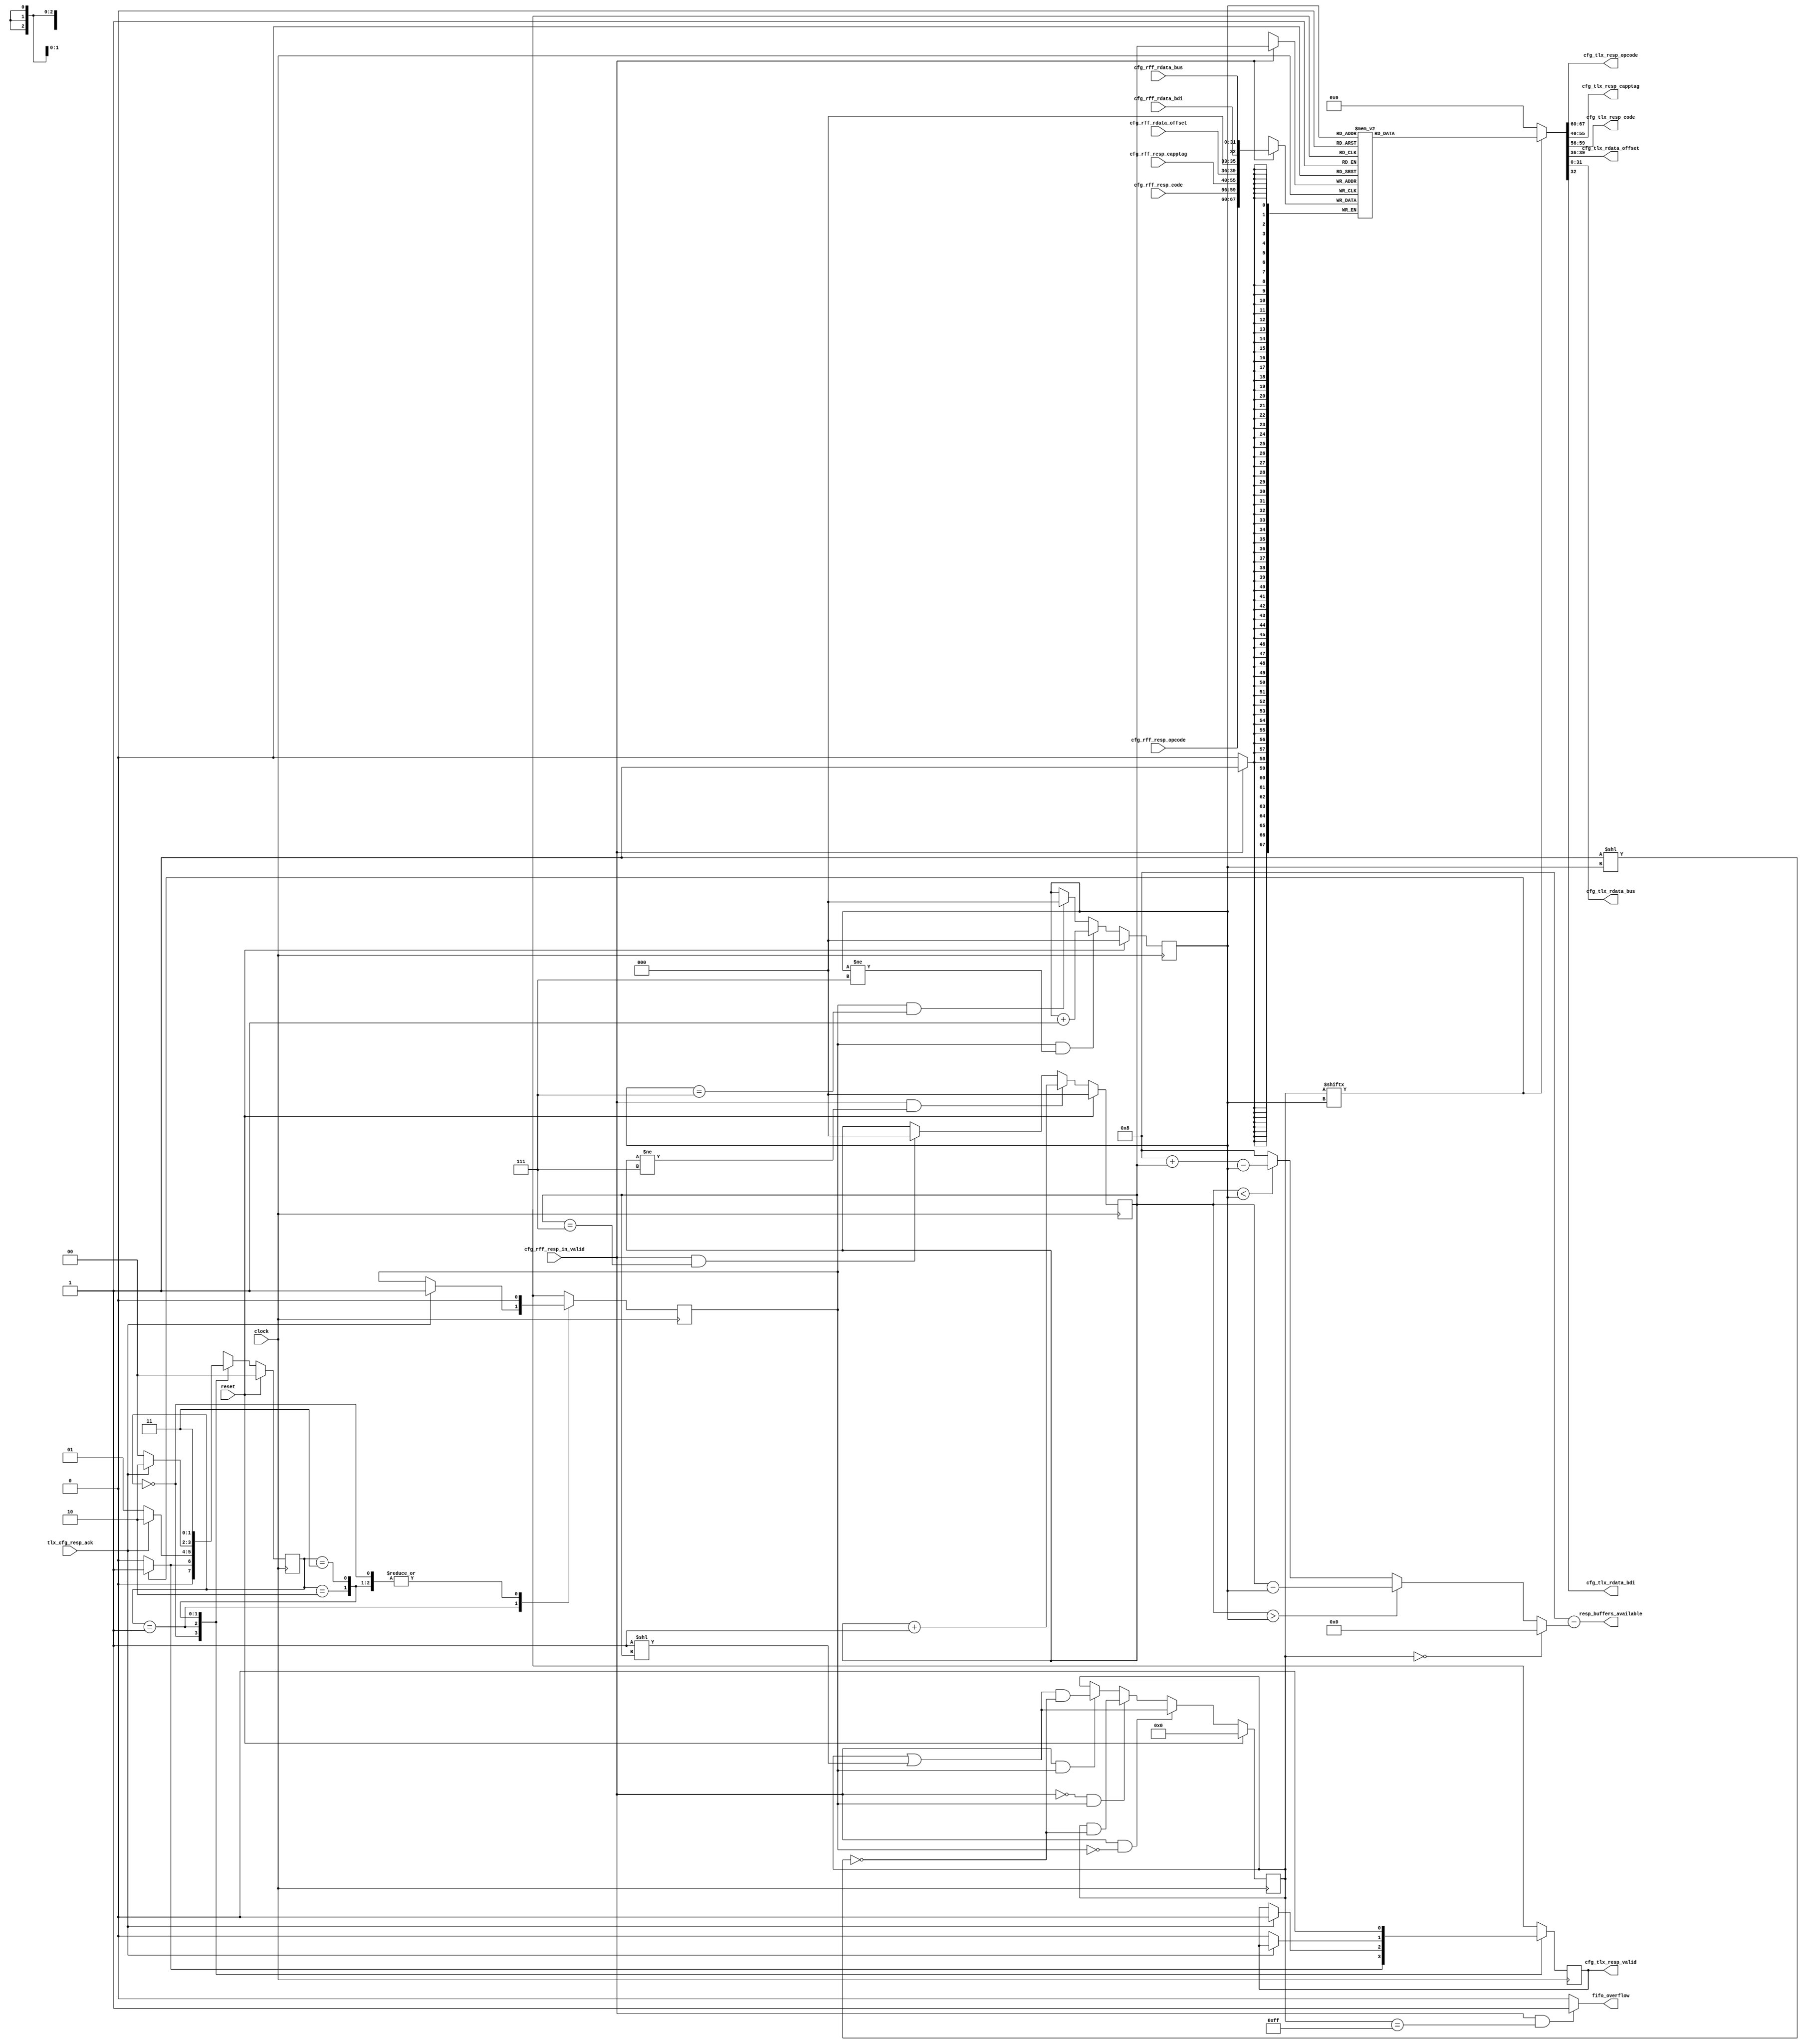
// *!***************************************************************************
// *! Copyright 2019 International Business Machines
// *!
// *! Licensed under the Apache License, Version 2.0 (the "License");
// *! you may not use this file except in compliance with the License.
// *! You may obtain a copy of the License at
// *! http://www.apache.org/licenses/LICENSE-2.0 
// *!
// *! The patent license granted to you in Section 3 of the License, as applied
// *! to the "Work," hereby includes implementations of the Work in physical form.  
// *!
// *! Unless required by applicable law or agreed to in writing, the reference design
// *! distributed under the License is distributed on an "AS IS" BASIS,
// *! WITHOUT WARRANTIES OR CONDITIONS OF ANY KIND, either express or implied.
// *! See the License for the specific language governing permissions and
// *! limitations under the License.
// *! 
// *! The background Specification upon which this is based is managed by and available from
// *! the OpenCAPI Consortium.  More information can be found at https://opencapi.org. 
// *!***************************************************************************
`timescale 1ps / 1ps
// -------------------------------------------------------------------
//
// Title    : cfg_respfifo.v
// Function : This file contains a response buffer FIFO to buffer a number of config_* responses and response data FLITs
//            to the TLX. Having a response buffer helps improve the throughput of configuration commands, and indirectly
//            reduce head of line blocking of config vs. non-config commands out of the TLX, because config_* commands
//            can be executed in parallel with inserting responses into the TLX to host FLIT stream.
//
// -------------------------------------------------------------------
// Modification History :
//                               |Version    |     |Author   |Description of change
//                               |-----------|     |-------- |---------------------
  `define CFG_RESPFIFO_VERSION    12_Sep_2017   //            Change items reproted by HAL check
// -------------------------------------------------------------------


// ==============================================================================================================================
// @@@  Module Declaration
// ==============================================================================================================================
module cfg_respfifo (
    input         clock                   // Clock - samples & launches data on rising edge
  , input         reset                   // When 1, reset registers to an empty FIFO state

    // Input into FIFO
  , input   [7:0] cfg_rff_resp_opcode
  , input   [3:0] cfg_rff_resp_code
//, input   [1:0] cfg_rff_resp_dl
//, input   [1:0] cfg_rff_resp_dp
  , input  [15:0] cfg_rff_resp_capptag
  , input   [3:0] cfg_rff_rdata_offset
  , input         cfg_rff_rdata_bdi
  , input  [31:0] cfg_rff_rdata_bus
  , input         cfg_rff_resp_in_valid   // When 1, load 'resp_in' into the FIFO
  , output  [3:0] resp_buffers_available  // Number of buffer slots available (1 buffer holds response and data FLIT (if used))

    // Output from FIFO
  , output  [7:0] cfg_tlx_resp_opcode
//, output  [1:0] cfg_tlx_resp_dl
  , output [15:0] cfg_tlx_resp_capptag
//, output  [1:0] cfg_tlx_resp_dp
  , output  [3:0] cfg_tlx_resp_code
  , output  [3:0] cfg_tlx_rdata_offset
  , output [31:0] cfg_tlx_rdata_bus
  , output        cfg_tlx_rdata_bdi

     // Valid-Ack handshake with TLX
  , `ifdef MARK_DEBUG_ACTIVE (* mark_debug = "TRUE" *) `endif
    output        cfg_tlx_resp_valid      // Tell TLX when a response is ready for it to send
  , `ifdef MARK_DEBUG_ACTIVE (* mark_debug = "TRUE" *) `endif
    input         tlx_cfg_resp_ack        // TLX indicates current valid response has been sent

     // Error conditions
  , output        fifo_overflow           // When 1, error FIFO was full when another 'resp_valid' arrived
) ;


// ==============================================================================================================================
// @@@  Implement FIFO
// ==============================================================================================================================

parameter integer WIDTH = 68;   // Increase to 72 if include dL and dP

//(* RAM_STYLE="DISTRIBUTED" *)     // CAUTION: DISTRIBUTED (LUT) arrays do not latch the output (3/24/17 Timing is worse with DISTRIBUTED RAM) 
reg  [WIDTH-1:0] respfifo [7:0];    // 8 row array
wire [WIDTH-1:0] resp_in, resp_out;

reg  [2:0] wrptr;             // Write pointer into array, points to next free entry
reg  [2:0] rdptr;             // Read  pointer from array, points to oldest valid entry
reg  [7:0] respfifo_val;      // 1=associated entry is used, 0=associated entry is open and can be overwritten
reg        resp_sent;         // When 1, remove response from RESP FIFO

wire       resp_in_valid;     // Shorten name for readability
assign resp_in_valid = cfg_rff_resp_in_valid;

// Manage write pointer
always @(posedge(clock))
  begin
    if (reset == 1'b1) 
      wrptr <= 3'b000;                                      // Initialize to location 0
    else if (resp_in_valid == 1'b1 && wrptr != 3'b111)   
      wrptr <= wrptr + 3'b001;                              // Add an entry, so increment
    else if (resp_in_valid == 1'b1 && wrptr == 3'b111)   
      wrptr <= 3'b000;                                      // Add an entry, but wrap around to increment
    else
      wrptr <= wrptr;                                       // Hold value, nothing to load
  end

// Manage read pointer 
always @(posedge(clock))
  begin
    if (reset == 1'b1)
      rdptr <= 3'b000;                                      // Initialize to location 0
    else if (resp_sent == 1'b1 && rdptr != 3'b111)
      rdptr <= rdptr + 3'b001;                              // Move to next location, this one is complete
    else if (resp_sent == 1'b1 && rdptr == 3'b111)
      rdptr <= 3'b000;                                      // Move to next location, but wrap around
    else
      rdptr <= rdptr;                                       // Hold value, no operation or operation is still in progress
  end

// Manage valid indicator
always @(posedge(clock))
  begin 
    if (reset == 1'b1)  
      respfifo_val <= 8'h00;                                                     // Initialize to all 0, all rows are free
    else if (resp_in_valid == 1'b1 && resp_sent == 1'b0)  
      respfifo_val <= respfifo_val | (8'h01 << wrptr);                           // When loading, set wrptr bit to 1
    else if (resp_in_valid == 1'b0 && resp_sent == 1'b1)
      respfifo_val <= respfifo_val & ~(8'h01 << rdptr);                          // When done, set rdptr bit to 0 
    else if (resp_in_valid == 1'b1 && resp_sent == 1'b1)
      respfifo_val <= (respfifo_val | (8'h01 << wrptr)) & ~(8'h01 << rdptr);     // Both set and clear a bit 
    else
      respfifo_val <= respfifo_val;                                              // Hold value if neither bit is set
  end

// Assemble signals into FIFO (order and pad signals to hex boundary to make simulation debug easier)
assign resp_in = {            
    cfg_rff_resp_opcode
  , cfg_rff_resp_code
//, cfg_rff_resp_dl
//, cfg_rff_resp_dp
  , cfg_rff_resp_capptag
  , cfg_rff_rdata_offset
  , 3'b000
  , cfg_rff_rdata_bdi
  , cfg_rff_rdata_bus
};

// Manage row contents
// Note: Contents of array row will be 'X' until written the first time, but this should be OK.
always @(posedge(clock)) begin
  if (resp_in_valid) respfifo[wrptr] <= resp_in;   // Use code format recommended by Vivado
end
//  respfifo[wrptr] <= (resp_in_valid == 1'b1) ? resp_in : respfifo[wrptr];  // Load or hold array row

// Manage data output and valid. If valid is not set, drive 0's which should decode to NOP.
// Note: DISTRIBUTED arrays do not latch the output.
// Provide data directly out of array (if timing permits) to align with changing of rdptr with respect to resp_sent
assign resp_out = (respfifo_val[rdptr] == 1'b1) ? respfifo[rdptr] : {WIDTH{1'b0}};  

// Break out signals from FIFO
wire  [2:0] pad;
assign {
    cfg_tlx_resp_opcode
  , cfg_tlx_resp_code
//, cfg_tlx_resp_dl
//, cfg_tlx_resp_dp
  , cfg_tlx_resp_capptag
  , cfg_tlx_rdata_offset
  , pad
  , cfg_tlx_rdata_bdi
  , cfg_tlx_rdata_bus
} = resp_out;

// Provide data directly out of array (if timing permits) to align with changing of rdptr with respect to resp_sent
wire   resp_out_valid;
assign resp_out_valid = respfifo_val[rdptr];  

// Check for overflow
assign fifo_overflow   = (resp_in_valid == 1'b1 && respfifo_val == 8'hFF) ? 1'b1 : 1'b0;

// Determine number of available buffers
// Note: wrptr points to the next location to write (one past the last written entry)
//       rdptr points to the next valid location
reg [3:0] resp_buffers_used;
always @(*)   // Combinational
  if (respfifo_val == 8'h00)                  // Empty FIFO
    resp_buffers_used = 4'b0000; 
  else if (wrptr > rdptr)                     // Pointers are not wrapped with respect to each other
    resp_buffers_used = {1'b0,wrptr} - {1'b0,rdptr};      // Bit extension circumvents IBM 'tvc' tool warnings 
  else if (wrptr < rdptr)                     // Write pointer wrapped around
    resp_buffers_used = (4'b1000 + {1'b0,wrptr}) - {1'b0,rdptr};   
  else // wrptr == rdptr                      // Pointers are equal, but FIFO is not empty so it must be full
    resp_buffers_used = 4'b1000; 
assign resp_buffers_available = 4'b1000 - resp_buffers_used;


// ==============================================================================================================================
// @@@  Valid-Ack handshake with TLX
// ==============================================================================================================================

// Handshake sequencer with TLX
reg [1:0] SM_CFG_RFF;
parameter SM_CFG_RFF_IDLE           = 2'b00;
parameter SM_CFG_RFF_WAIT_FOR_ACK_1 = 2'b01;
parameter SM_CFG_RFF_WAIT_FOR_ACK_0 = 2'b10;
parameter SM_CFG_RFF_ERROR          = 2'b11;

reg    resp_valid;
assign cfg_tlx_resp_valid = resp_valid;   // Connect internal valid to output port

// Determine behavior in each state
always @(posedge(clock))
  case (SM_CFG_RFF)

    SM_CFG_RFF_IDLE:            
      if (resp_out_valid == 1'b1)            // There is a valid response to send
        begin
          resp_valid <= 1'b1;                // Raise response valid to TLX
          resp_sent  <= 1'b0;                // Response has not been received yet
        end
      else                                   // Waiting for a response to send
        begin
          resp_valid <= 1'b0;                // Set register bits to default (inactive) values
          resp_sent  <= 1'b0;
        end

    SM_CFG_RFF_WAIT_FOR_ACK_1:
      if (tlx_cfg_resp_ack == 1'b1)          // Received ACK from TLX
        begin
          resp_valid <= 1'b0;                // Drop response valid to TLX
          resp_sent  <= 1'b1;                // Indicate response has been received, tell RESP FIFO to present next response (if there is one)
        end
      else                                   // Waiting for ACK to become active
        begin
          resp_valid <= resp_valid;          // Hold previous values     
          resp_sent  <= resp_sent;
        end

    SM_CFG_RFF_WAIT_FOR_ACK_0:
      if (tlx_cfg_resp_ack == 1'b0)          // Complete the handshake by waiting for ACK return to 0
        begin
          resp_valid <= 1'b0;                // Keep valid inactive until the handshake sequencer is complete
          resp_sent  <= 1'b0;                // Make 'resp_sent' a pulse to the RESP FIFO by clearing it 1 cycle after it was raised
        end
      else                                   // Waiting for ACK to go inactive
        begin
          resp_valid <= resp_valid;          // Hold previous value   
          resp_sent  <= 1'b0;                // Make 'resp_sent' a pulse to the RESP FIFO by clearing it 1 cycle after it was raised
        end

    SM_CFG_RFF_ERROR:
      begin
        resp_valid <= 1'b0;                  // Set to inactive values
        resp_sent  <= 1'b0;
      end
  endcase

// Determine next state
always @(posedge(clock))
  if (reset == 1'b1)                             SM_CFG_RFF <= SM_CFG_RFF_IDLE;   
  else 
    case (SM_CFG_RFF)
      SM_CFG_RFF_IDLE:            
          if (resp_out_valid == 1'b1)            SM_CFG_RFF <= SM_CFG_RFF_WAIT_FOR_ACK_1;
          else                                   SM_CFG_RFF <= SM_CFG_RFF_IDLE;
      SM_CFG_RFF_WAIT_FOR_ACK_1:
          if (tlx_cfg_resp_ack == 1'b1)          SM_CFG_RFF <= SM_CFG_RFF_WAIT_FOR_ACK_0;
          else                                   SM_CFG_RFF <= SM_CFG_RFF_WAIT_FOR_ACK_1;
      SM_CFG_RFF_WAIT_FOR_ACK_0:
          if (tlx_cfg_resp_ack == 1'b0)          SM_CFG_RFF <= SM_CFG_RFF_IDLE;
          else                                   SM_CFG_RFF <= SM_CFG_RFF_WAIT_FOR_ACK_0;
      SM_CFG_RFF_ERROR:
                                                 SM_CFG_RFF <= SM_CFG_RFF_ERROR;
      default:
                                                 SM_CFG_RFF <= SM_CFG_RFF_ERROR;
    endcase

endmodule